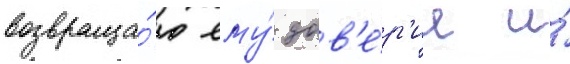
возвраща́ю ему́ дов'е́р'ие и́